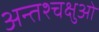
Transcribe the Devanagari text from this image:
अन्तश्चक्षुओं